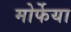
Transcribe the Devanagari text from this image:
मोर्फेया